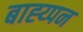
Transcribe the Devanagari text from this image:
बाह्य्पन